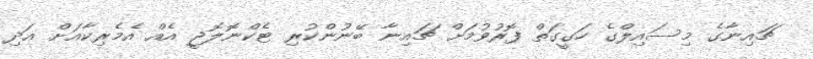
ޗައިނާގެ މިސައިލްގެ ހަގީގަތް ފޮރުވުމަށް ޗައިނާ ބޭނުންކުރި ޓެކްނޮލޮޖީ އެއް އެމެރިކާއަށް އަދި